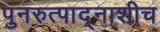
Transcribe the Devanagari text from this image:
पुनरुत्पाद्नाशीच